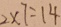
2 \times 7 = 1 4